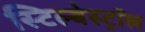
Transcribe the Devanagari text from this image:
स्टिल्बेस्ट्रॉल